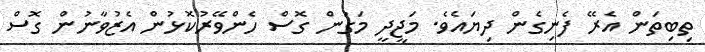
ތިބިތަން އެރޭ ފެނިގެން ދިޔައެވެ. މަޖީދީ މަގުން ގޮސް ހެންވޭރުކޮޅުން އެޒުވާނުން ގޮސް